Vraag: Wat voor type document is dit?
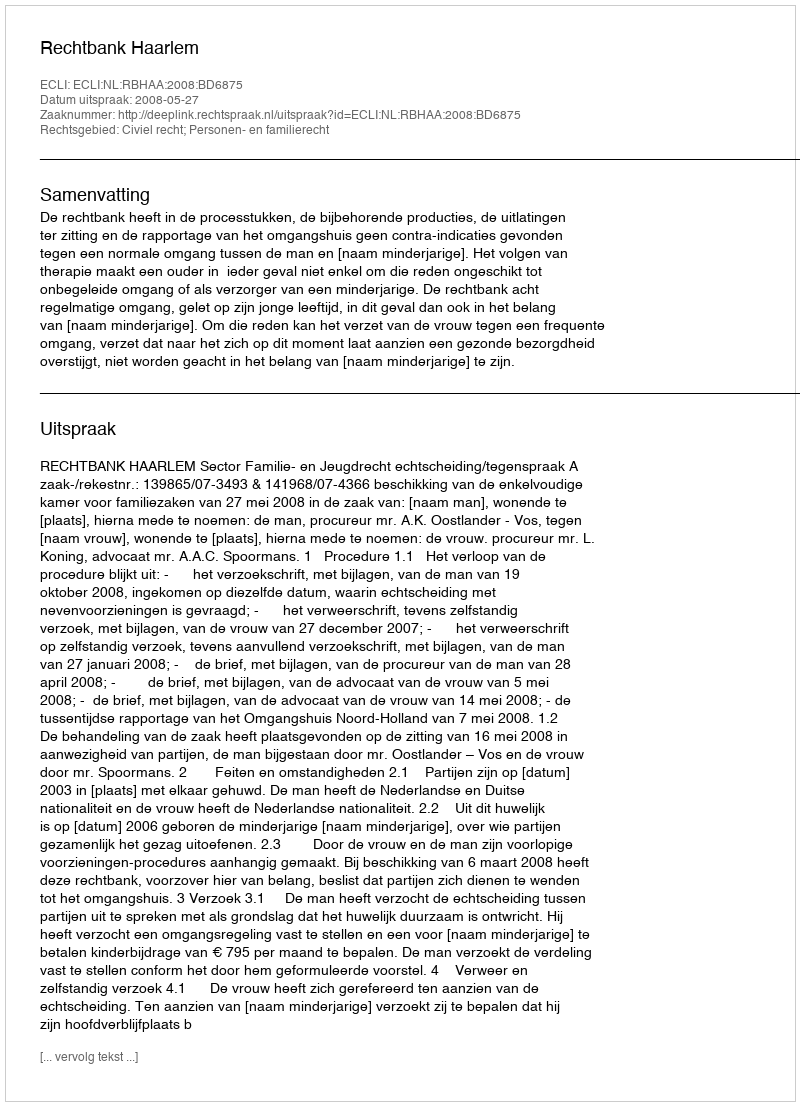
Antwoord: Uitspraak